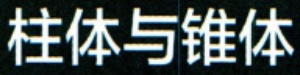
柱体与锥体